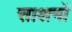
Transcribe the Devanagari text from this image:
साशनों